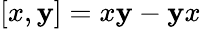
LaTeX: [x,\mathbf{y}]=x\mathbf{y}-\mathbf{y}x